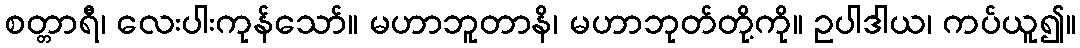
စတ္တာရီ၊ လေးပါးကုန်သော်။ မဟာဘူတာနိ၊ မဟာဘုတ်တို့ကို။ ဥပါဒါယ၊ ကပ်ယူ၍။